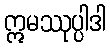
ဣမဿုပ္ပါဒါ